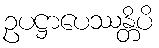
ဥပဋ္ဌာပေဿန္တိပိ